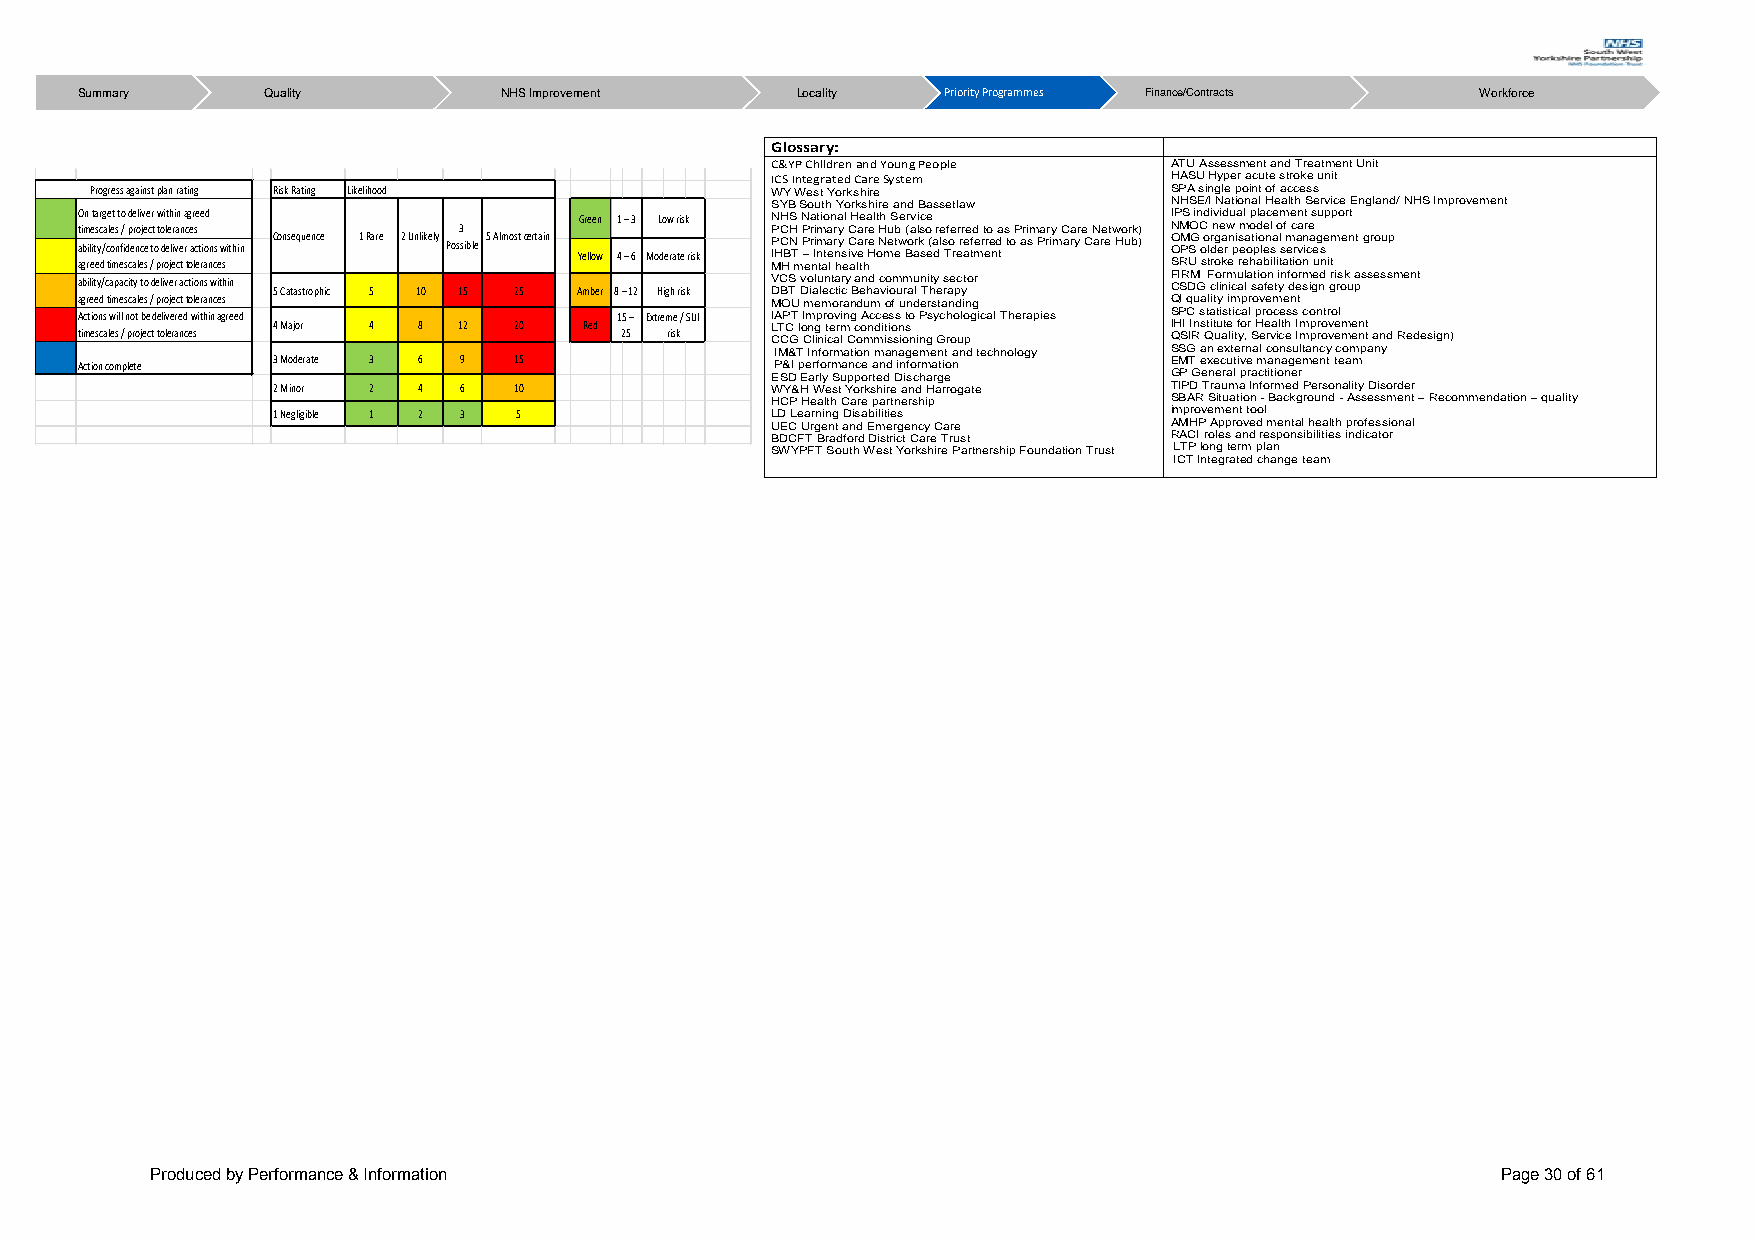
Summary     Quality         NHSImprovement      Locality Priority Programmes Finance/Contracts Workforce
 Glossary:
 C&YP Children and Young People ATU Assessment and Treatment Unit
 ICS Integrated Care System HASU Hyper acute stroke unit
 Progress against plan rating Risk Rating Likelihood WY West Yorkshire  SPA single point of access
 SYB South Yorkshire and Bassetlaw NHSE/I National Health Service England/ NHS Improvement
 On target to deliver within agreed Green 1 – 3 Low risk NHS National Health Service IPS individual placement support
 ati bm ile its yc /a cl oe ns f/ id p er no cje ec tt o t o dl ee lr iva en rc e as ctions within Consequence 1 Rare 2 Unlikely Pos3 s ible 5 Almost certain Yellow 4 – 6 Moderate risk P P IHCC BNH T PP –rr ii Imm ntaa err nyy s iCC veaa rr Hee oNH meu etb w B( oa arl ks s o e( a dr le s Tf oe r er rr aee tfd me rt ero e n da t s to P ari sm Pa rr iy m C aa ryr e C N are etw Ho ur bk) ) N O OM PM SO G C oo l drn g ee a rw n p i esm a oo t pid o lee n sl a o sl f m e c ra va inr ce a e g se ment group
 agreed timescales / project tolerances        MH mental health          SRU stroke rehabilitation unit
 ability/capacity to deliver actions within
 5 Catastrophic 5 10 15 25 Amber 8 – 12 High risk
 V DC BTS Dvo ialu len cta ticry
 B
 a en hd
 a
 c vo iom urm au
 l
 Tni hty
 e
 rs ae pc yt o r F CI SR DM
 G
 F co linrm icu al la sti ao fn
 e
 ti yn f do erm sige nd gri rs ok
 u
 a ps sessment
 agreed timescales / project tolerances        MOU memorandum of understanding QI quality improvement
 Actions will not be delivered within agreed 15 – Extreme / SUI IAPT Improving Access to Psychological Therapies SPC statistical process control
 timescales / project tolerances 4 Major 4 8 12 20 Red 25 risk L CT CC G l o Cn lig n it ce arm l C c oo mn mdi it sio sn ios n ing Group I QH SI II Rns Qtit uu ate lit f yo , r S H ee rva il cth e I Im mp pr ro ov ve em me en nt t and Redesign)
 Action complete 3 Moderate 3 6 9 15           I PM && I T p eIn rff oo rr mm aa nti co en am na dn ia ng foe rm me an tit o a nn d technology S EMSG T ea xn e e cx ut te ivrn ea ml c ao nn as gu elt man ec ny t tc eo am mp any
 ESD Early Supported Discharge GP General practitioner
 2 Minor 2 4 6   10               WY&H West Yorkshire and Harrogate TIPD Trauma Informed Personality Disorder
 HCP Health Care partnership SBAR Situation - Background - Assessment – Recommendation – quality
 1 Negligible 1 2 3 5             LD Learning Disabilities  improvement tool
 UEC Urgent and Emergency Care AMHP Approved mental health professional
 BDCFT Bradford District Care Trust RACI roles and responsibilities indicator
 SWYPFT South West Yorkshire Partnership Foundation Trust LTP long term plan
 ICT Integrated change team
 Produced by Performance & Information                                                    Page 30 of 61